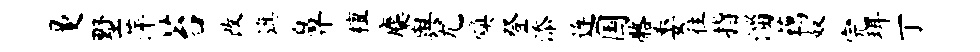
曼墅萍苔改旗鼻檀麋舆尤焕登添连国髂委往指淄藕奴完珥丁